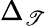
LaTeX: \Delta_{\mathscr{T}}